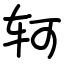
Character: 轲